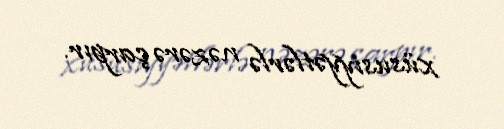
xüsusiyyətlərlə nəzərə çarpır.